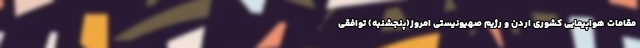
مقامات هواپیمایی کشوری اردن و رژیم صهیونیستی امروز(پنجشنبه) توافقی